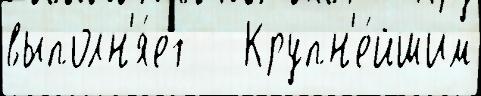
выполн'я́ет   Крупн'е́йшим